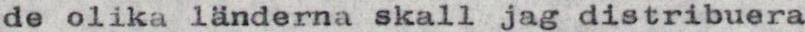
de olika länderna skall jag distribuera